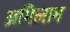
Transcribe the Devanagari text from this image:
अभिलाभ